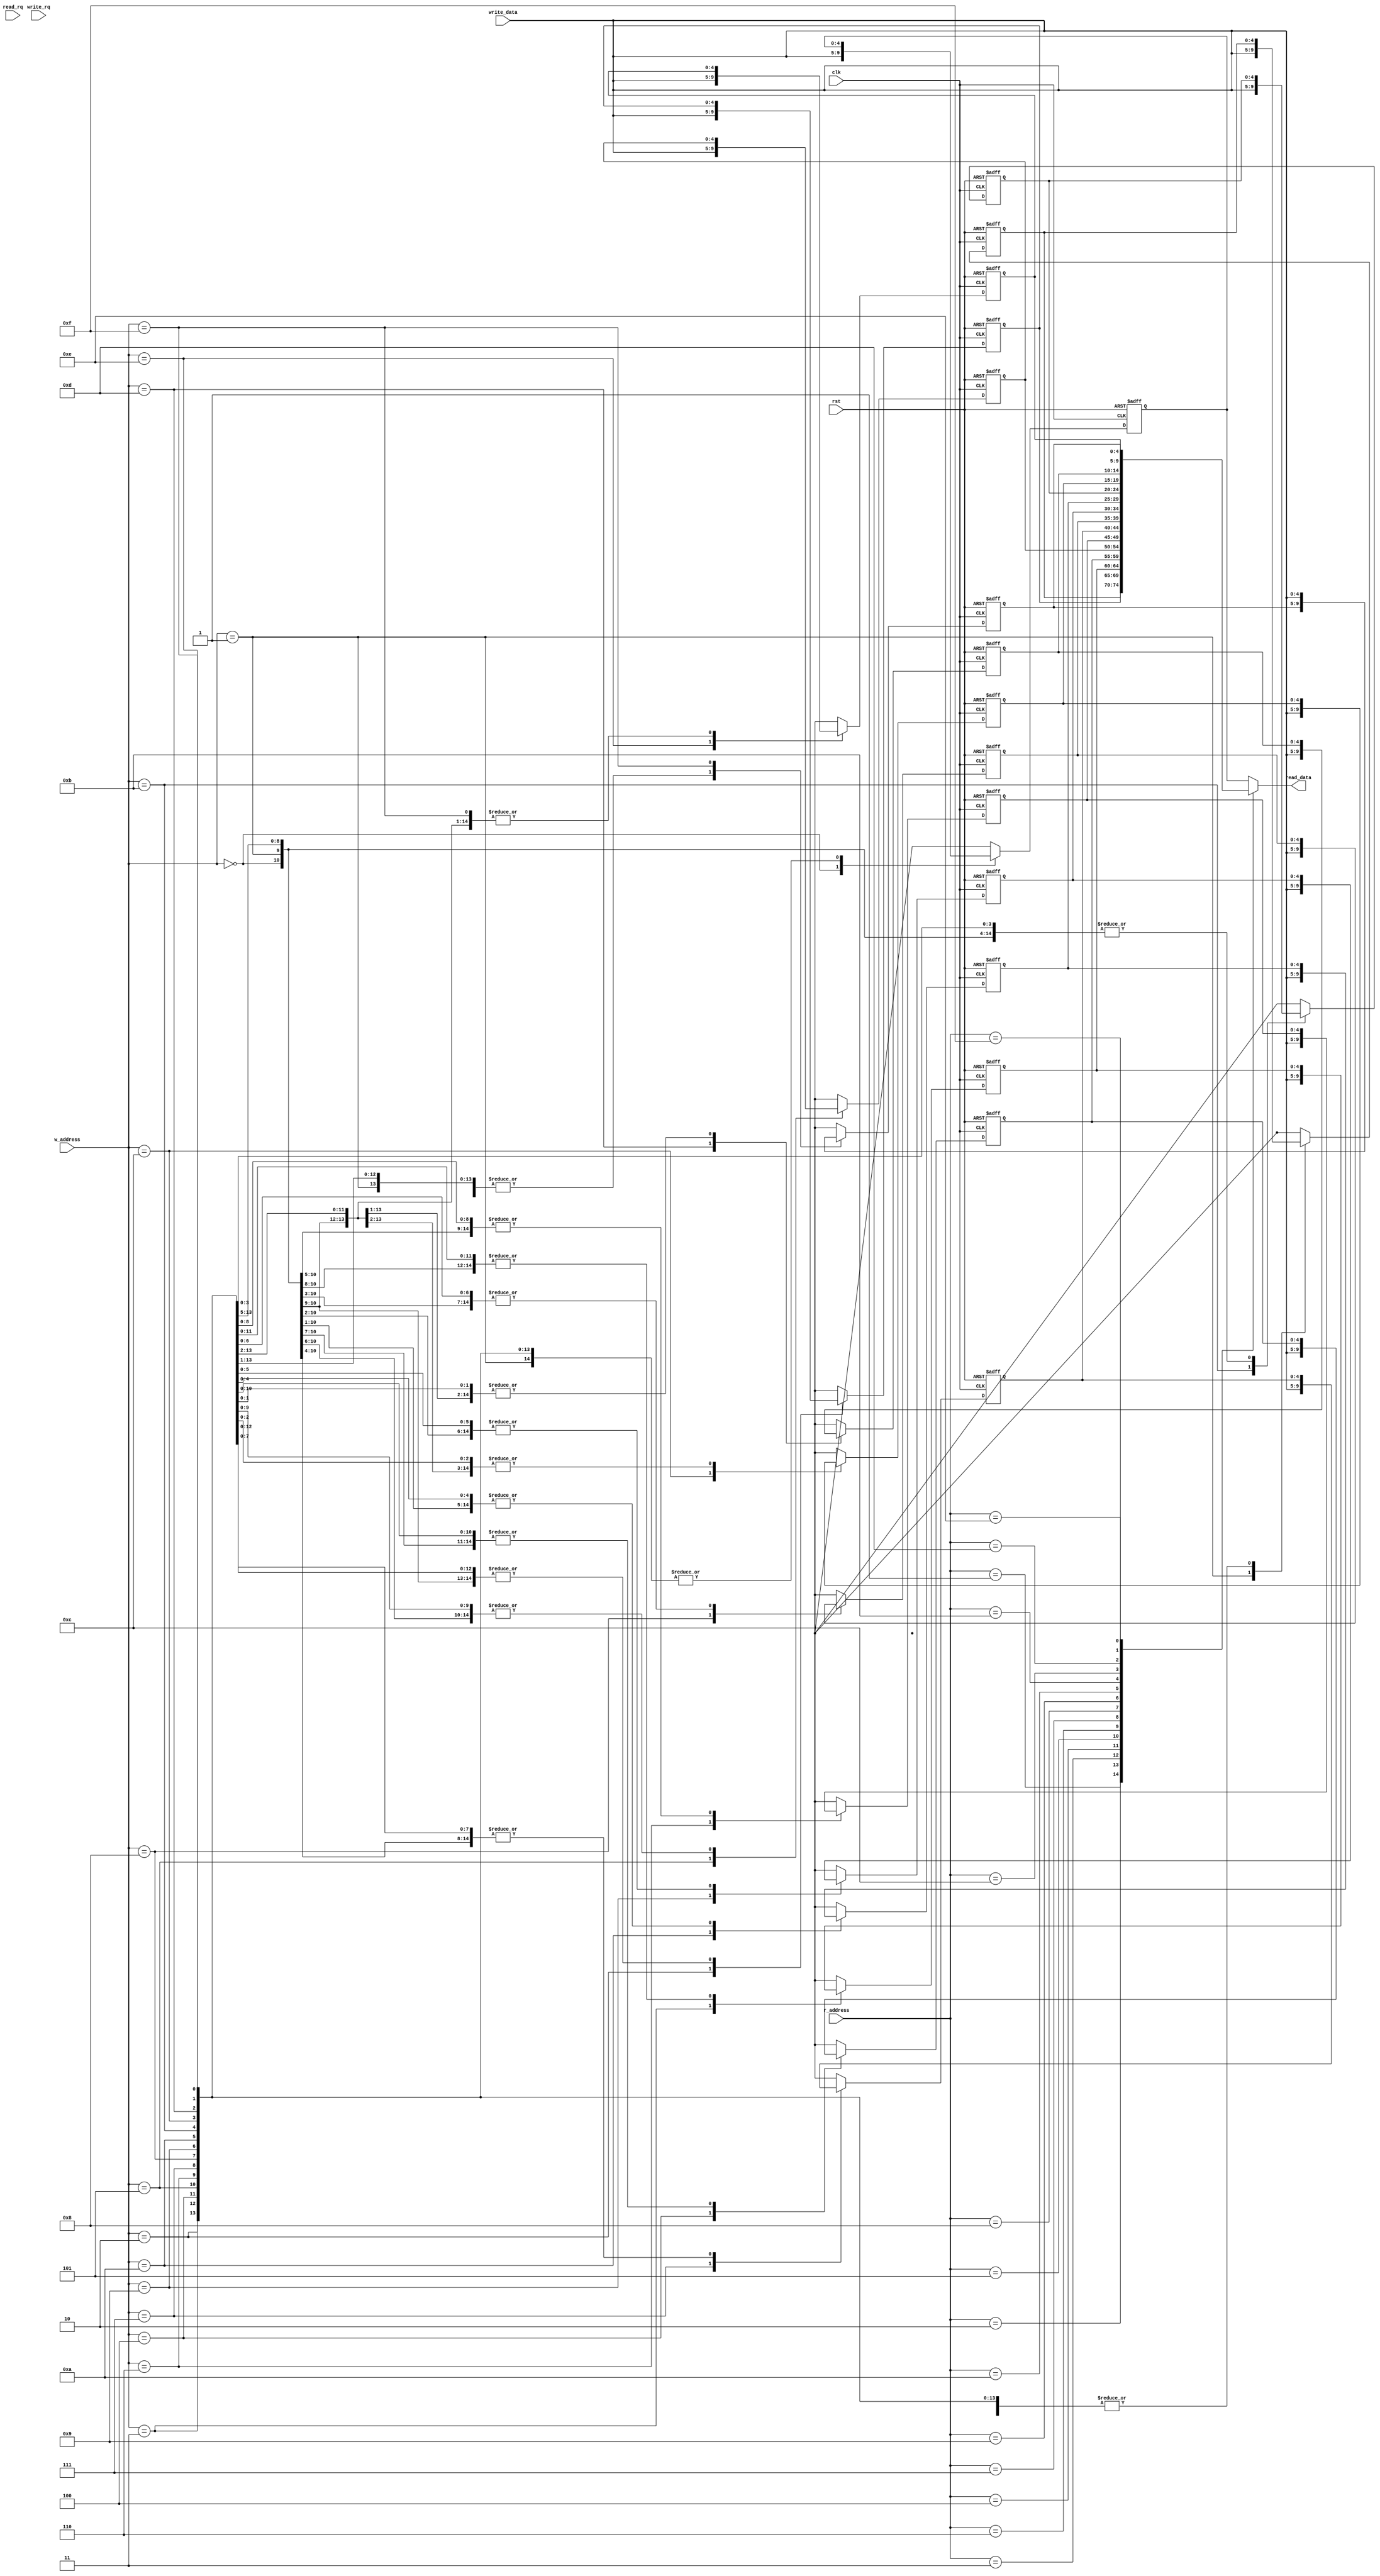
module mem(
	input    clk,
	input    rst,
	input    read_rq,
	input    write_rq,
	input[3:0]    w_address,
	input[3:0]	r_address,
	input[4:0]    write_data,
	output reg [4:0]    read_data
);
reg[4:0] r_data;
integer i;

reg [4:0] memory_ram_d [15:0];
reg [4:0] memory_ram_q [15:0];

always @(posedge clk or negedge rst) begin
//	read_data <= 'b0;
    if (!rst) begin
		r_data <= 'b0;
        for (i=0;i<16; i=i+1)
            memory_ram_q[i] <= 0;
    end
    else begin
        for (i=0;i<16; i=i+1)
             memory_ram_q[i] <= memory_ram_d[i];
    end
end


always @(*) begin
	
    for (i=0;i<16; i=i+1)
        memory_ram_d[i] = memory_ram_q[i];
    if (write_rq && !read_rq)
        memory_ram_d[w_address] = write_data;
    if (!write_rq && read_rq)
        r_data = memory_ram_q[r_address];
	if (write_rq && read_rq)
		r_data = memory_ram_q[r_address];
		memory_ram_d[w_address] = write_data;
	read_data <= r_data;
end
 
endmodule